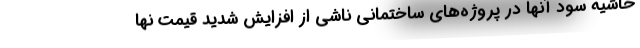
حاشیه سود آنها در پروژه‌های ساختمانی ناشی از افزایش شدید قیمت نها